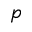
p